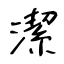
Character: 潔